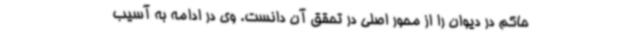
حاکم در دیوان را از محور اصلی در تحقق آن دانست. وی در ادامه به آسیب